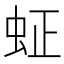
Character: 𬟿